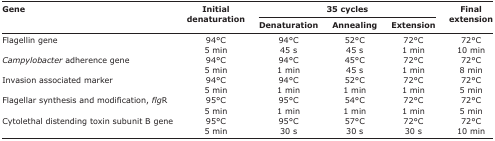
<table><thead><tr><td rowspan="3"><b>Gene</b></td><td rowspan="3"><b>Initial denaturation</b></td><td colspan="3"><b>35 cycles</b></td><td rowspan="3"><b>Final extension</b></td></tr><tr><td><b>Denaturation</b></td><td><b>Annealing</b></td><td><b>Extension</b></td></tr></thead><tbody><tr><td>Flagellin gene</td><td>94°C</td><td>94°C</td><td>52°C</td><td>72°C</td><td>72°C</td></tr><tr><td></td><td>5 min</td><td>45 s</td><td>45 s</td><td>1 min</td><td>10 min</td></tr><tr><td><i>Campylobacter</i> adherence gene</td><td>94°C</td><td>94°C</td><td>45°C</td><td>72°C</td><td>72°C</td></tr><tr><td></td><td>5 min</td><td>1 min</td><td>45 s</td><td>1 min</td><td>8 min</td></tr><tr><td>Invasion associated marker</td><td>94°C</td><td>94°C</td><td>52°C</td><td>72°C</td><td>72°C</td></tr><tr><td></td><td>5 min</td><td>1 min</td><td>1 min</td><td>1 min</td><td>5 min</td></tr><tr><td>Flagellar synthesis and modification, <i>flg</i>R</td><td>95°C</td><td>95°C</td><td>54°C</td><td>72°C</td><td>72°C</td></tr><tr><td></td><td>5 min</td><td>1 min</td><td>1 min</td><td>1 min</td><td>5 min</td></tr><tr><td>Cytolethal distending toxin subunit B gene</td><td>95°C</td><td>95°C</td><td>57°C</td><td>72°C</td><td>72°C</td></tr><tr><td></td><td>5 min</td><td>30 s</td><td>30 s</td><td>30 s</td><td>10 min</td></tr></tbody></table>